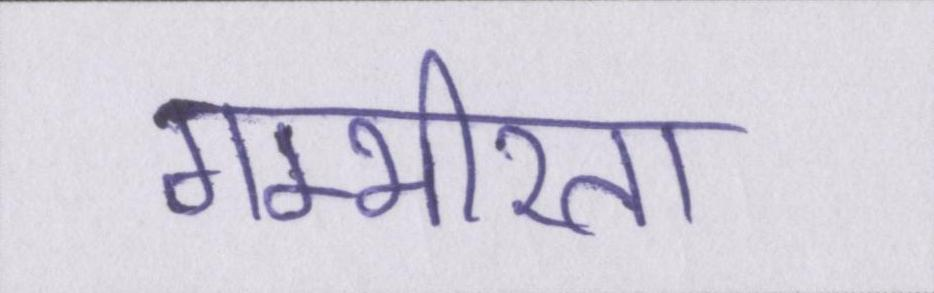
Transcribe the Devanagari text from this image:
गम्भीरता